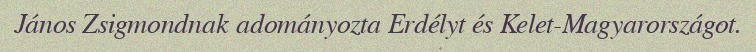
János Zsigmondnak adományozta Erdélyt és Kelet-Magyarországot.